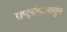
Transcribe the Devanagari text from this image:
राष्ट्रसंघापासुन